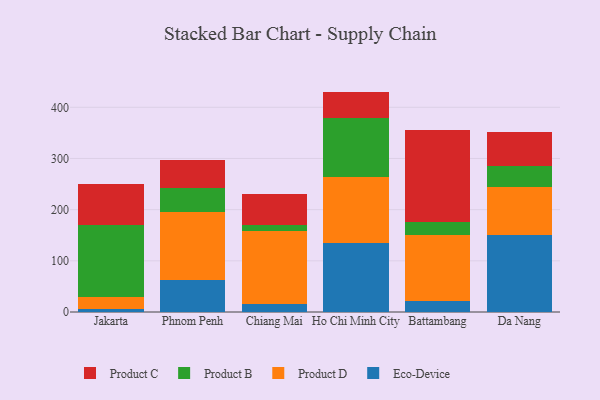
{"axis": {"x": "City", "y": "Satisfaction Score"}, "legend": ["Eco-Device", "Product B", "Product C", "Product D"], "data": [{"x": "Jakarta", "y": 6.0, "type": "Eco-Device"}, {"x": "Jakarta", "y": 22.9, "type": "Product D"}, {"x": "Jakarta", "y": 141.6, "type": "Product B"}, {"x": "Jakarta", "y": 79.5, "type": "Product C"}, {"x": "Phnom Penh", "y": 61.6, "type": "Eco-Device"}, {"x": "Phnom Penh", "y": 134.1, "type": "Product D"}, {"x": "Phnom Penh", "y": 46.0, "type": "Product B"}, {"x": "Phnom Penh", "y": 55.2, "type": "Product C"}, {"x": "Chiang Mai", "y": 15.1, "type": "Eco-Device"}, {"x": "Chiang Mai", "y": 142.9, "type": "Product D"}, {"x": "Chiang Mai", "y": 11.8, "type": "Product B"}, {"x": "Chiang Mai", "y": 61.5, "type": "Product C"}, {"x": "Ho Chi Minh City", "y": 134.7, "type": "Eco-Device"}, {"x": "Ho Chi Minh City", "y": 129.3, "type": "Product D"}, {"x": "Ho Chi Minh City", "y": 114.4, "type": "Product B"}, {"x": "Ho Chi Minh City", "y": 52.3, "type": "Product C"}, {"x": "Battambang", "y": 20.8, "type": "Eco-Device"}, {"x": "Battambang", "y": 129.6, "type": "Product D"}, {"x": "Battambang", "y": 26.0, "type": "Product B"}, {"x": "Battambang", "y": 179.6, "type": "Product C"}, {"x": "Da Nang", "y": 150.4, "type": "Eco-Device"}, {"x": "Da Nang", "y": 94.1, "type": "Product D"}, {"x": "Da Nang", "y": 40.0, "type": "Product B"}, {"x": "Da Nang", "y": 66.6, "type": "Product C"}]}